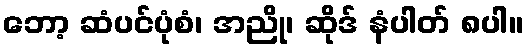
ဘော့ ဆံပင်ပုံစံ၊ အညို၊ ဆိုဒ် နံပါတ် ၈ပါ။